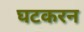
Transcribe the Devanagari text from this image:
घटकरन